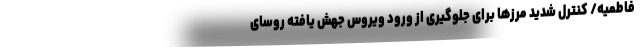
فاطمیه/ کنترل شدید مرزها برای جلوگیری از ورود ویروس جهش یافته روسای